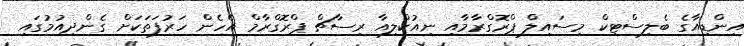
އިންޑިއާގެ ބެލިސްޓިކް މިސައިލް ޕްރޮގްރާމާއި ނިއުކްލިއާ ރިސާޗް ޕްރޮގްރާމް އެހެން ހަރުފަތަކަށް ގެންދިއުމުގައި